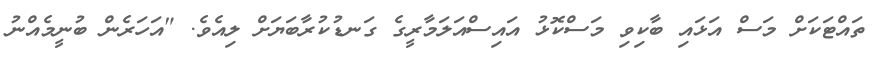
ތައްޓަކަށް މަސް އަޅައި ބާކިވި މަސްކޮޅު އައިސްއަލަމާރީގެ ގަނޑުކުރާބަޔަށް ލިއެވެ. "އަހަރެން ބުނީމެއްނު